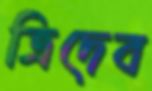
ত্রিদেব